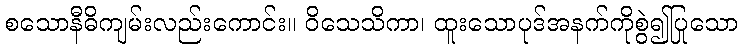
စသောနီဓိကျမ်းလည်းကောင်း။ ဝိသေသိကာ၊ ထူးသောပုဒ်အနက်ကိုစွဲ၍ပြုသော